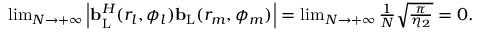
\begin{array} { r l } & { \operatorname* { l i m } _ { N \to + \infty } \left| { \bf { b } } _ { \mathrm { { L } } } ^ { H } ( r _ { l } , \phi _ { l } ) { \bf { b } } _ { \mathrm { L } } ( r _ { m } , \phi _ { m } ) \right| = \operatorname* { l i m } _ { N \to + \infty } \frac { 1 } { N } \sqrt { \frac { \pi } { \eta _ { 2 } } } = 0 . } \end{array}